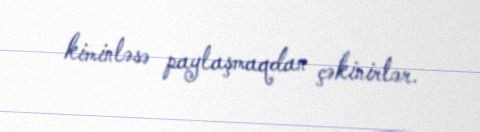
kiminləsə paylaşmaqdan çəkinirlər.